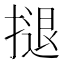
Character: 𢱸